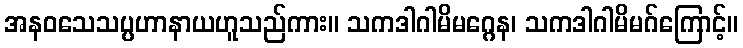
အနဝသေသပ္ပဟာနာယဟူသည်ကား။ သကဒါဂါမိမဂ္ဂေန၊ သကဒါဂါမိမဂ်ကြောင့်။